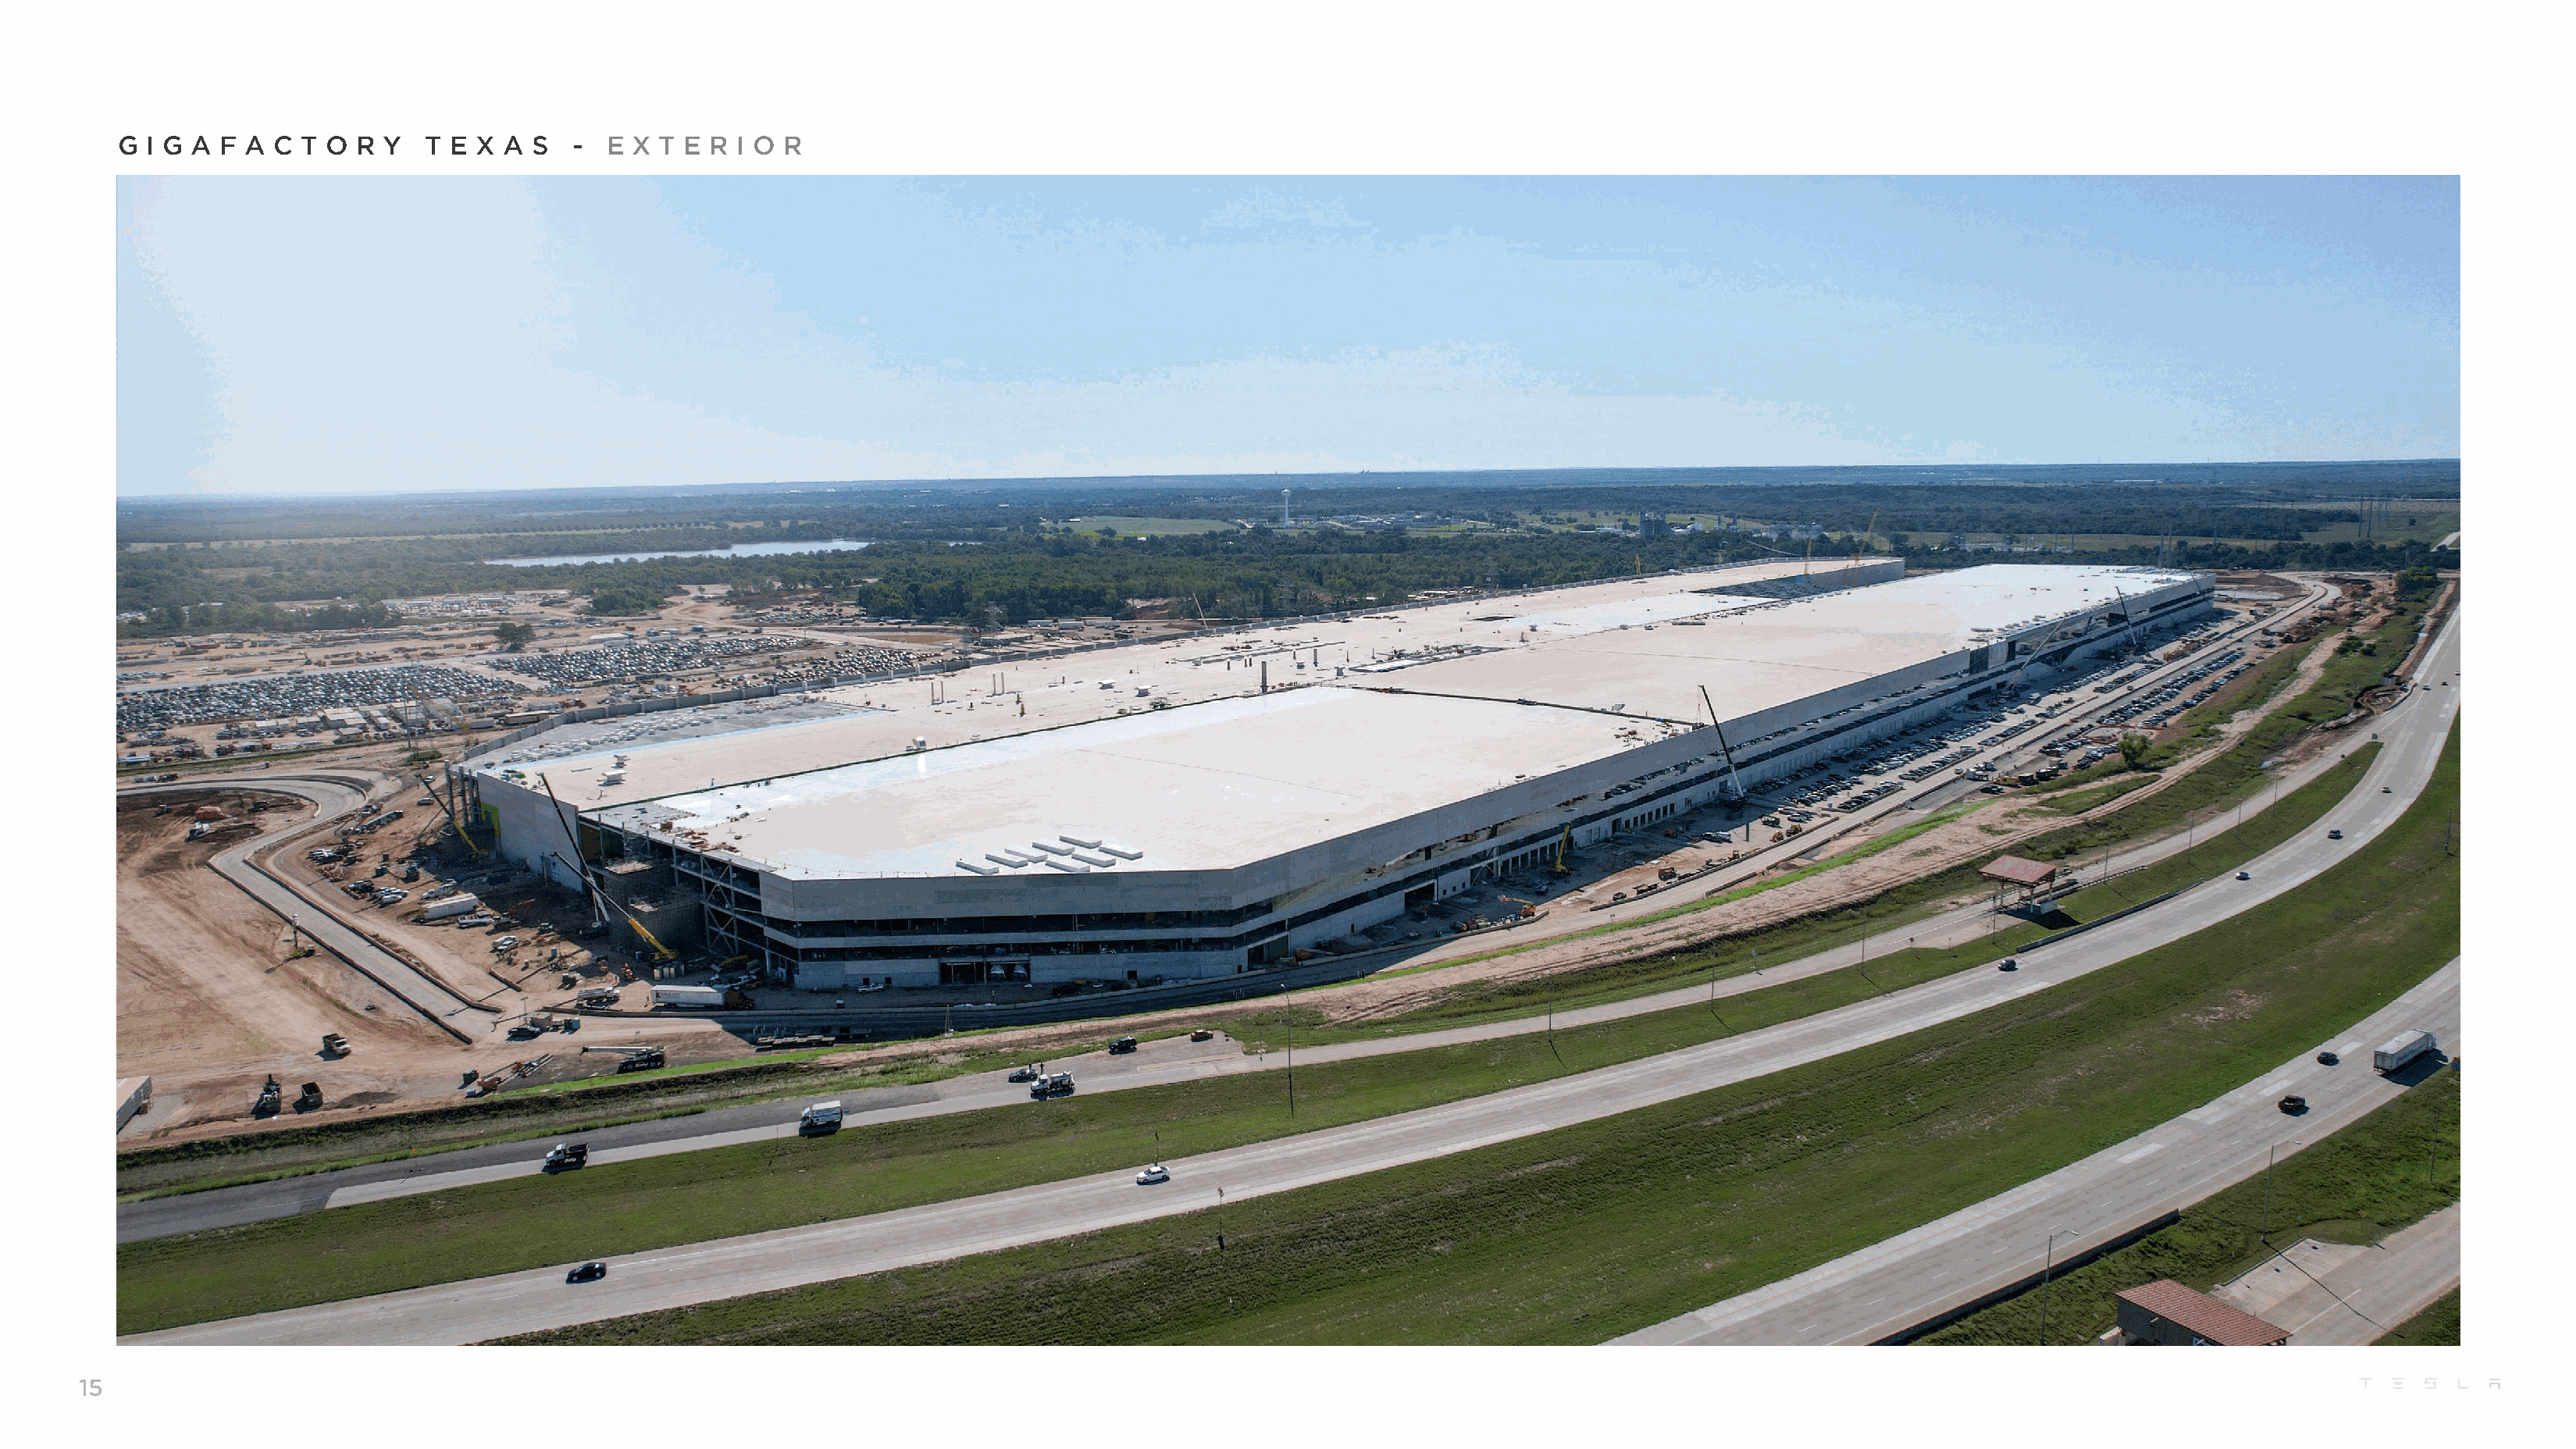
G I G A  F A C  T O R Y   T E X  A S   - E  X T E R I O R
 15